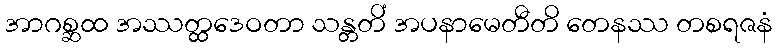
အာဂစ္ဆထ အဿတ္ထဒေဝတာ သန္တတိံ အပနာမေတီတိ တေနဿ တစရဇနံ